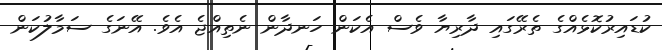
ކުޑައިރުކޮޅެއްގެ ތެރޭގައި ދާރިޔާ ވެސް އެކަން ހަނދާން ނެތިއްޖެ އެވެ. އޭނަގެ ސަމާލުކަން